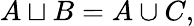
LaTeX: A\sqcup B=A\cup C,